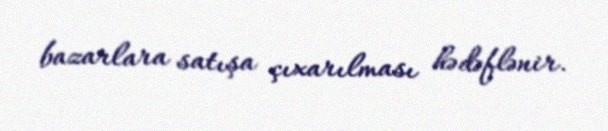
bazarlara satışa çıxarılması hədəflənir.